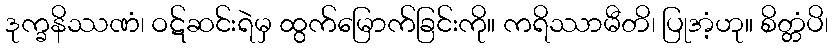
ဒုက္ခနိဿဏံ၊ ဝဋ်ဆင်းရဲမှ ထွက်မြောက်ခြင်းကို။ ကရိဿာမီတိ၊ ပြုအံ့ဟု။ စိတ္တံပိ၊